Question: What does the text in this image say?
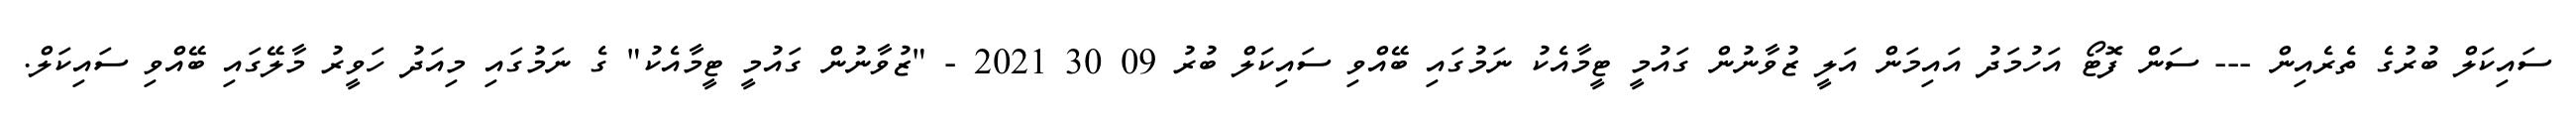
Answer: ސައިކަލް ބުރުގެ ތެރެއިން --- ސަން ފޮޓޯ އަހުމަދު އައިމަން އަލީ ޒުވާނުން ގައުމީ ޓީމާއެކު ނަމުގައި ބޭއްވި ސައިކަލް ބުރު 09 30 2021 - "ޒުވާނުން ގައުމީ ޓީމާއެކު" ގެ ނަމުގައި މިއަދު ހަވީރު މާލޭގައި ބޭއްވި ސައިކަލް.